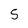
Character: 5